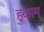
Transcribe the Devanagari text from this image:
हुकाम